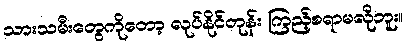
သားသမီးတွေကိုတော့ လုပ်နိုင်တုန်း ကြည့်စရာမလိုဘူး။